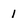
Character: 1